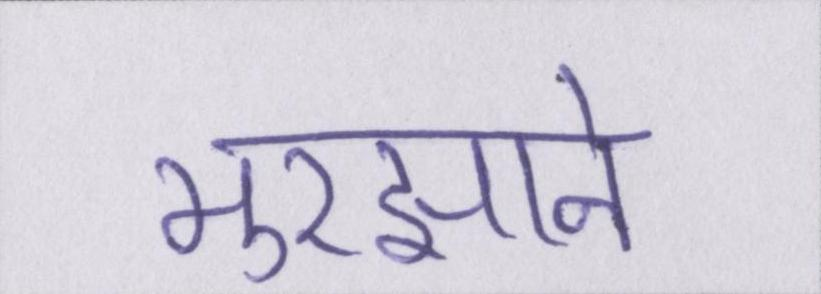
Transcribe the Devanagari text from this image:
मुरझाने